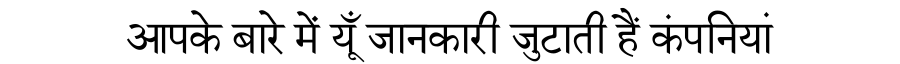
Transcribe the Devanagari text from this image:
आपके बारे में यूँ जानकारी जुटाती हैं कंपनियां